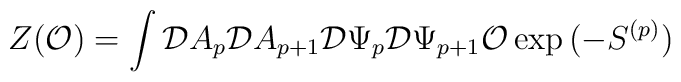
Z({\cal O}) = \int {\cal D} A_{p} {\cal D} A_{p+1} {\cal D} \Psi_{p}{\cal D} \Psi_{p+1} {\cal O} \exp{(-S^{(p)})}